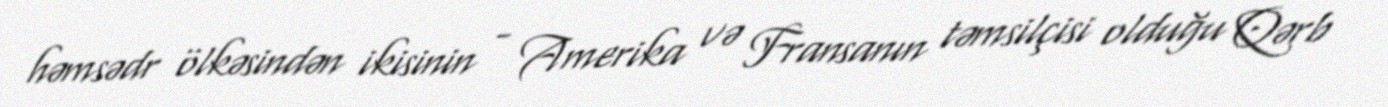
həmsədr ölkəsindən ikisinin - Amerika və Fransanın təmsilçisi olduğu Qərb